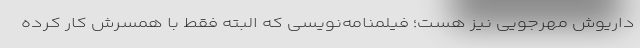
داریوش مهرجویی نیز هست؛ فیلمنامه‌نویسی که البته فقط با همسرش کار کرده